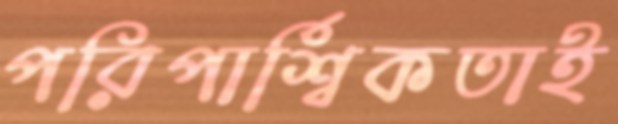
পরিপার্শ্বিকতাই